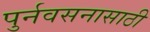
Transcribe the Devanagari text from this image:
पुर्नवसनासाठी